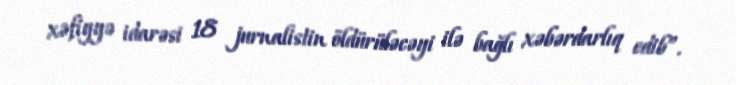
xəfiyyə idarəsi 18 jurnalistin öldürüləcəyi ilə bağlı xəbərdarlıq edib”.